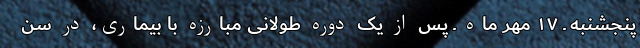
پنجشنبه ـ ۱۷ مهر ماه ـ پس از یک دوره طولانی مبارزه با بیماری، در سن